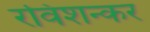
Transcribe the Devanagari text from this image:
रविशन्कर